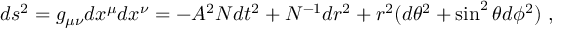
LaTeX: d s ^ { 2 } = g _ { \mu \nu } d x ^ { \mu } d x ^ { \nu } = - { \cal A } ^ { 2 } { \cal N } d t ^ { 2 } + { \cal N } ^ { - 1 } d r ^ { 2 } + r ^ { 2 } ( d \theta ^ { 2 } + \sin ^ { 2 } \theta d \phi ^ { 2 } ) \ ,